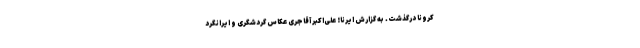
کرونا درگذشت. به گزارش ایرنا؛ علی‌اکبر آقاجری عکاس گردشگری و ایرانگرد